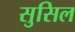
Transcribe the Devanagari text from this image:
सुसिल